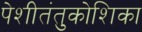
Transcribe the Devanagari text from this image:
पेशीतंतुकोशिका